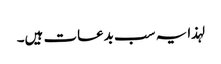
لہذا یہ سب بدعات ہیں۔